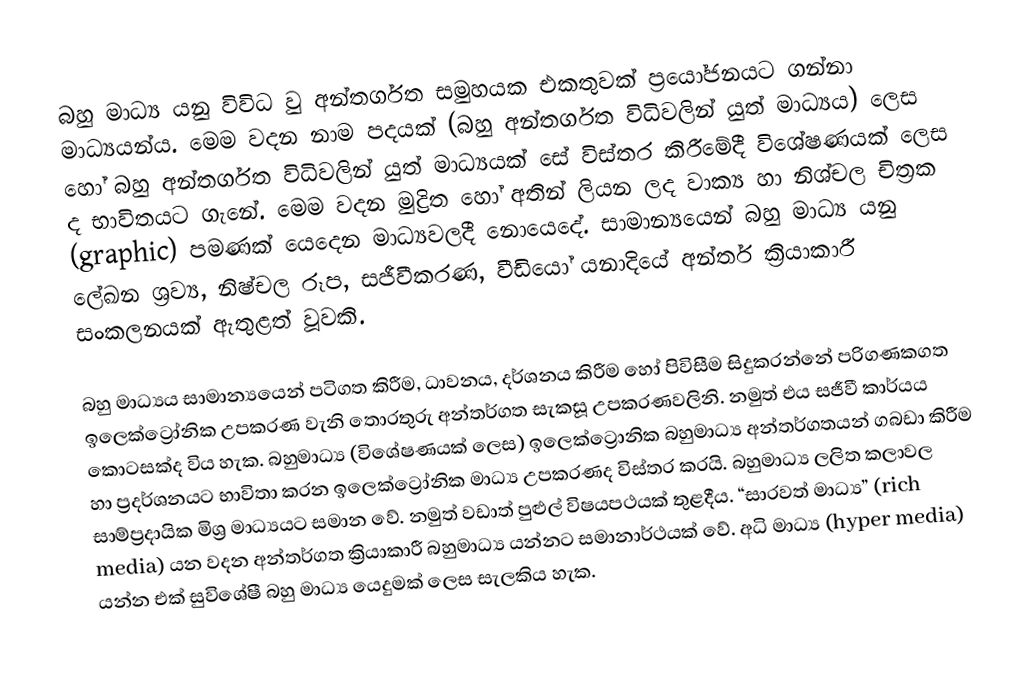
බහු මාධ්‍ය යනු විවිධ වු අන්තර්ගත සමුහයක එකතුවක් ප්‍රයෝජනයට ගන්නා මාධ්‍යයන්ය. මෙම වදන නාම පදයක් (බහු අන්තර්ගත විධිවලින් යුත් මාධ්‍යය) ලෙස හෝ බහු අන්තර්ගත විධිවලින් යුත්  මාධ්‍යයක් සේ විස්තර කිරීමේදී විශේෂණයක් ලෙස ද භාවිතයට ගැනේ. මෙම වදන මුද්‍රිත හෝ අතින් ලියන ලද වාක්‍ය හා නිශ්චල චිත්‍රක (graphic) පමණක් යෙදෙන මාධ්‍යවලදී නොයෙදේ. සාමාන්‍යයෙන් බහු මාධ්‍ය යනු ලේඛන ශ්‍රව්‍ය, නිෂ්චල රූප, සජීවීකරණ, වීඩියෝ යනාදියේ  අන්තර් ක්‍රියාකාරී සංකලනයක් ඇතුළත් වූවකි.

බහු මාධ්‍යය සාමාන්‍යයෙන් පටිගත කිරීම, ධාවනය, දර්ශනය කිරීම හෝ පිවිසීම සිදුකරන්නේ පරිගණකගත ඉලෙක්ට්‍රෝනික උපකරණ වැනි තොරතුරු අන්තර්ගත සැකසූ උපකරණවලිනි. නමුත් එය සජීවී කාර්යය කොටසක්ද විය හැක. බහුමාධ්‍ය (විශේෂණයක් ලෙස) ඉලෙක්ට්‍රෙ‍ානික බහුමාධ්‍ය අන්තර්ගතයන්  ගබඩා කිරීම හා ප්‍රදර්ශනයට භාවිතා කරන ඉලෙක්ට්‍රෝනික මාධ්‍ය උපකරණද විස්තර කරයි. බහුමාධ්‍ය ලලිත කලාවල සාම්ප්‍රදායික මිශ්‍ර මාධ්‍යයට සමාන වේ. නමුත් වඩාත් පුළුල් විෂයපථයක් තුළදීය. “සාරවත් මාධ්‍ය” (rich media) යන වදන අන්තර්ගත ක්‍රියාකාරී බහුමාධ්‍ය යන්නට සමානාර්ථයක් වේ. අධි මාධ්‍ය (hyper media) යන්න එක් සුවිශේෂී බහු මාධ්‍ය යෙදුමක් ලෙස සැලකිය හැක.